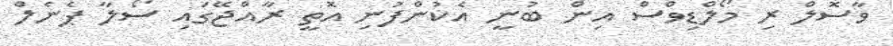
ވާސޮލް ރި މޯލްޑިވްސް އިން ބުނީ އެކުންފުނި އޮތީ ރާއްޖޭގައި ސޯލާ ޕެނެލް